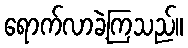
ရောက်လာခဲ့ကြသည်။